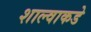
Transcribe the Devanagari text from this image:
शाल्वाकडे